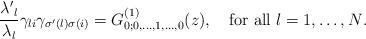
LaTeX: \begin{align*}\frac{{\lambda'}_{l}}{\lambda_{l}}\gamma_{li} \gamma_{\sigma'\left(l\right)\sigma(i)}=G^{\left(1\right)}_{0;0, \dots,1,\dots, 0}(z),\quad\mbox{for all $l=1,\dots,N$.}\end{align*}